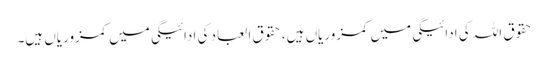
حقوق اللہ کی ادائیگی میں کمزوریاں ہیں، حقوق العباد کی ادائیگی میں کمزوریاں ہیں۔